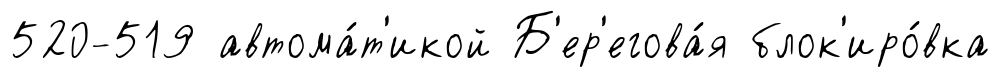
520-519 автома́т'икой Б'ер'егова́я блок'иро́вка